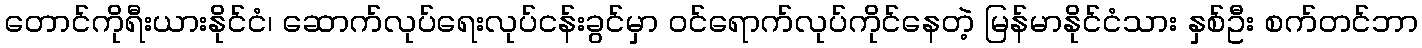
တောင်ကိုရီးယားနိုင်ငံ၊ ဆောက်လုပ်ရေးလုပ်ငန်းခွင်မှာ ဝင်ရောက်လုပ်ကိုင်နေတဲ့ မြန်မာနိုင်ငံသား နှစ်ဦး စက်တင်ဘာ